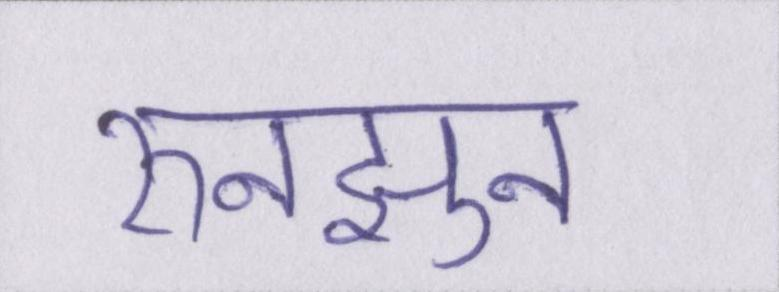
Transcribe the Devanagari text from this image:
रुनझुन